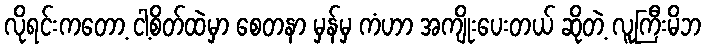
လိုရင်းကတော့ ငါ့စိတ်ထဲမှာ စေတနာ မှန်မှ ကံဟာ အကျိုးပေးတယ် ဆိုတဲ့ လူကြီးမိဘ